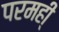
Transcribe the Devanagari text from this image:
परमही्